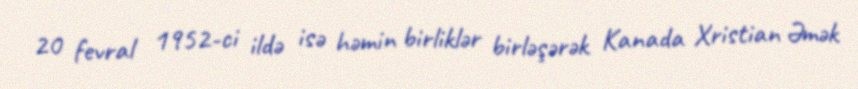
20 fevral 1952-ci ildə isə həmin birliklər birləşərək Kanada Xristian Əmək